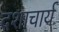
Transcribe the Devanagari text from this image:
दशाचार्य